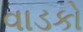
વાડકો